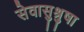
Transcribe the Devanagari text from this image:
सेवासुश्रुषा